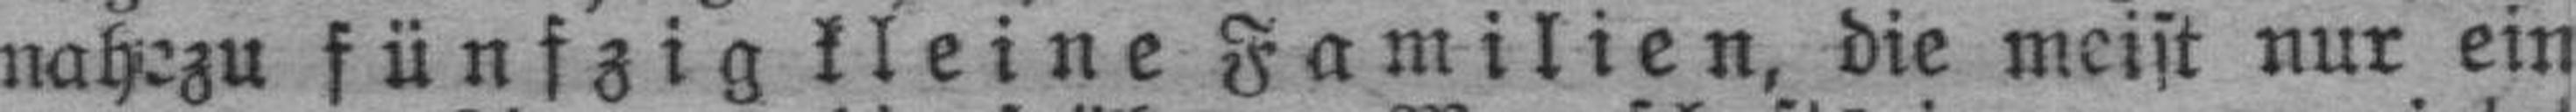
nahezu fünfzig kleine Familien, die meist nur ein